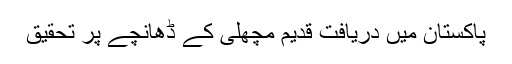
پاکستان میں دریافت قدیم مچھلی کے ڈھانچے پر تحقیق